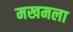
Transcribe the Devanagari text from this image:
मखमला